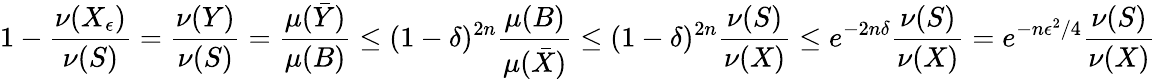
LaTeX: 1-{\frac{\nu(X_{\epsilon})}{\nu(S)}}={\frac{\nu(Y)}{\nu(S)}}={\frac{\mu({\bar{Y}})}{\mu(B)}}\leq(1-\delta)^{2n}{\frac{\mu(B)}{\mu({\bar{X}})}}\leq(1-\delta)^{2n}{\frac{\nu(S)}{\nu(X)}}\leq e^{-2n\delta}{\frac{\nu(S)}{\nu(X)}}=e^{-n\epsilon^{2}/4}{\frac{\nu(S)}{\nu(X)}}